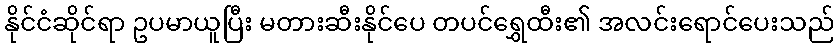
နိုင်ငံဆိုင်ရာ ဥပမာယူပြီး မတားဆီးနိုင်ပေ တပင်ရွှေထီး၏ အလင်းရောင်ပေးသည်